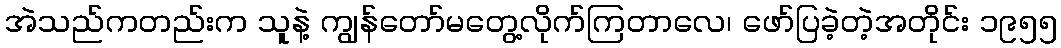
အဲသည်ကတည်းက သူနဲ့ ကျွန်တော်မတွေ့လိုက်ကြတာလေ၊ ဖော်ပြခဲ့တဲ့အတိုင်း ၁၉၅၅